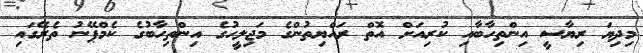
މިދިޔަ ރިޔާސީ އިންތިހާބާއި ކުރިއަށް އޮތް ރައްޔިތުންގެ މަޖިލީހުގެ އިންތިހާބުގެ ކެމްޕޭނު ތެރޭގައި